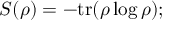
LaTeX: S ( \rho ) = - \mathrm { { t r } } ( \rho \log \rho ) ;